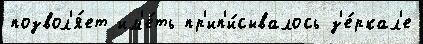
позвол'я́ет им'е́ть пр'ип'и́сывалось з'е́ркал'е